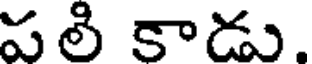
పలి కాడు.